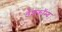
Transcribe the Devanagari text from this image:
डैशकॉम्ब